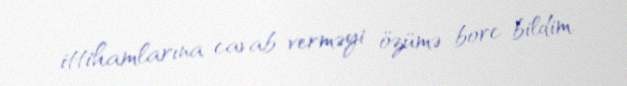
ittihamlarına cavab verməyi özümə borc bildim.